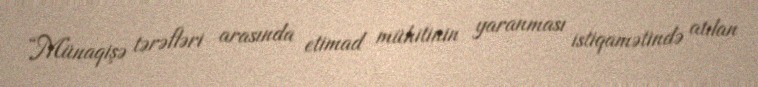
“Münaqişə tərəfləri arasında etimad mühitinin yaranması istiqamətində atılan